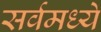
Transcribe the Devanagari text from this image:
सर्वमध्ये